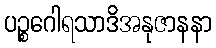
ပဉ္စဂေါရသာဒိအနုဇာနနာ